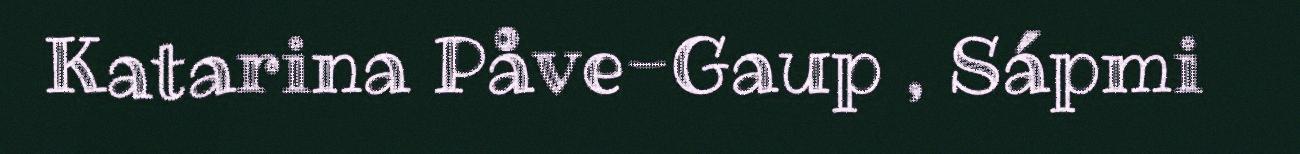
Katarina Påve-Gaup , Sápmi